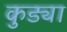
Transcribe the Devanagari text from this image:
कुड्या